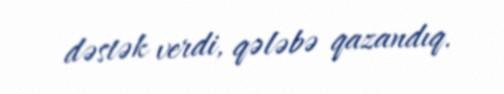
dəstək verdi, qələbə qazandıq.